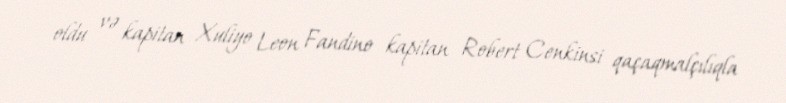
oldu və kapitan Xuliyo Leon Fandino kapitan Robert Cenkinsi qaçaqmalçılıqla